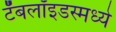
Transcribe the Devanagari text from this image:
टॅबलॉइडस्मध्ये